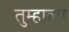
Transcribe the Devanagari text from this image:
तुम्‍हाला